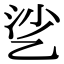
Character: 乷